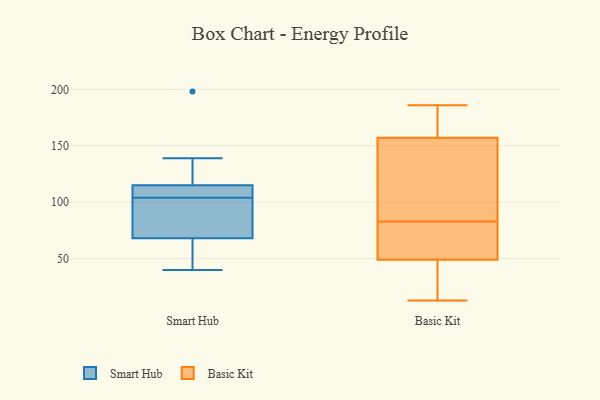
{"axis": {"x": "Shipments", "y": "Value"}, "legend": ["Basic Kit", "Smart Hub"], "data": [{"x": "", "y": 117, "type": "Smart Hub"}, {"x": "", "y": 40, "type": "Smart Hub"}, {"x": "", "y": 70, "type": "Smart Hub"}, {"x": "", "y": 101, "type": "Smart Hub"}, {"x": "", "y": 139, "type": "Smart Hub"}, {"x": "", "y": 49, "type": "Smart Hub"}, {"x": "", "y": 111, "type": "Smart Hub"}, {"x": "", "y": 66, "type": "Smart Hub"}, {"x": "", "y": 74, "type": "Smart Hub"}, {"x": "", "y": 113, "type": "Smart Hub"}, {"x": "", "y": 198, "type": "Smart Hub"}, {"x": "", "y": 107, "type": "Smart Hub"}, {"x": "", "y": 13, "type": "Basic Kit"}, {"x": "", "y": 77, "type": "Basic Kit"}, {"x": "", "y": 165, "type": "Basic Kit"}, {"x": "", "y": 13, "type": "Basic Kit"}, {"x": "", "y": 149, "type": "Basic Kit"}, {"x": "", "y": 68, "type": "Basic Kit"}, {"x": "", "y": 96, "type": "Basic Kit"}, {"x": "", "y": 105, "type": "Basic Kit"}, {"x": "", "y": 84, "type": "Basic Kit"}, {"x": "", "y": 40, "type": "Basic Kit"}, {"x": "", "y": 21, "type": "Basic Kit"}, {"x": "", "y": 186, "type": "Basic Kit"}, {"x": "", "y": 172, "type": "Basic Kit"}, {"x": "", "y": 183, "type": "Basic Kit"}, {"x": "", "y": 82, "type": "Basic Kit"}, {"x": "", "y": 58, "type": "Basic Kit"}]}